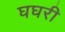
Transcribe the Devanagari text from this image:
घघरी